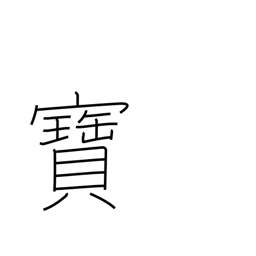
Meaning: rare